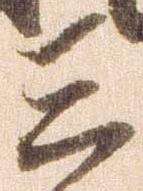
三